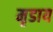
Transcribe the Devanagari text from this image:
मृडाय